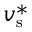
v _ { \mathrm { s } } ^ { \ast }